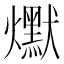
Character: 𰟵